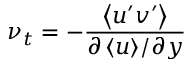
\nu _ { t } = - \frac { \left< u ^ { \prime } v ^ { \prime } \right> } { { \partial \left< u \right> } / { \partial y } }